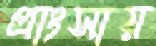
প্রাংসায়